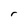
Character: r